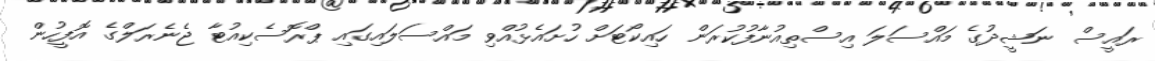
ރައީސް ނަޝީދުގެ މައްްސަލަ އިސްތިއުނާފުކުރަން ހައިކޯޓަށް ހުށައެޅުއްވި މައްސަލައިގައި ޕްރޮސެކިއުޓާ ޖެނެރަލްގެ އޮފީހުން